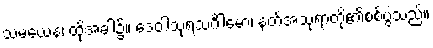
သမယေန၊ ထိုအခါ၌။ ဒေဝါသုရသင်္ဂါမော၊ နတ်အသုရာတို့၏စစ်ပွဲသည်။